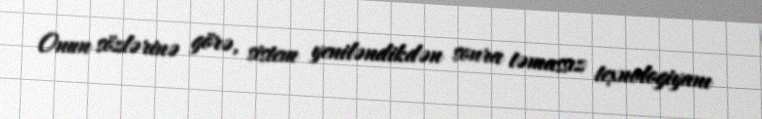
Onun sözlərinə görə, sistem yeniləndikdən sonra təmassız texnologiyanı